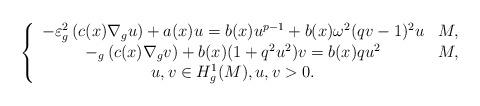
LaTeX: \begin{align*}\left\{\begin{array}[c]{cc}-\varepsilon^{2}_{g}\left( c(x)\nabla_{g}u\right)+a(x)u=b(x)u^{p-1}+b(x)\omega^{2}(qv-1)^{2}u & M,\\-_{g}\left( c(x)\nabla_{g}v\right) +b(x)(1+q^{2}u^{2})v=b(x)qu^{2}& M,\\u,v\in H_{g}^{1}(M),u,v>0. &\end{array}\right. \end{align*}